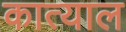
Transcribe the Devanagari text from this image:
कात्याल